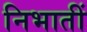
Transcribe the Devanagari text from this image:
निभातीं